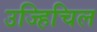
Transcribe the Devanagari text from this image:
उज्हिचिल